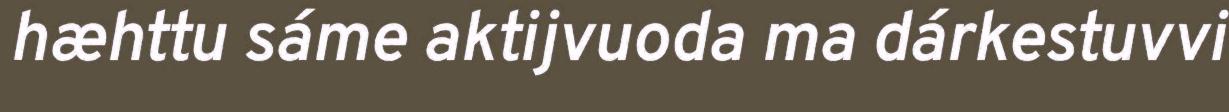
hæhttu sáme aktijvuoda ma dárkestuvvi